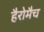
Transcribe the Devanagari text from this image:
हैरोमैच